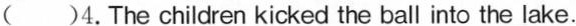
( )4. The children kicked the ball into the lake.